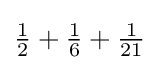
{\tfrac {1}{2}}+{\tfrac {1}{6}}+{\tfrac {1}{21}}